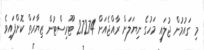
މި ގައުމުން ޖުލައި މަހުގެ ނިޔަލަށް ރާއްޖެއަށް 27274 ޓޫރިސްޓުން ޒިޔާރަތް ކޮށްފައިވެ